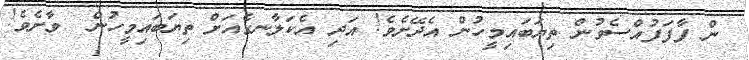
ން ފާފަފުއްސެވުން ތިޔަބައިމީހުން އެދޭށެވެ! އަދި އެކަލާނގެއަށް ތިޔަބައިމީހުން  ވާށެވެ!